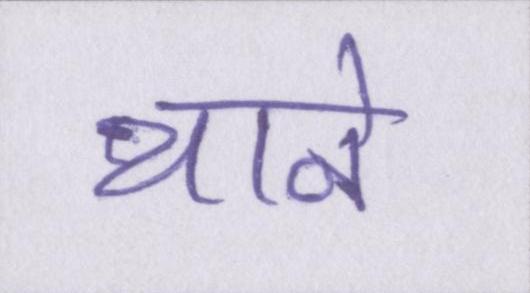
थाने